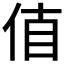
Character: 𠉊